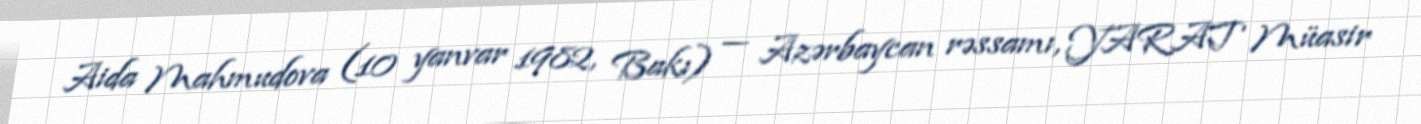
Aida Mahmudova (10 yanvar 1982, Bakı) — Azərbaycan rəssamı, YARAT Müasir